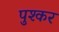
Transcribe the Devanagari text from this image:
पुश्कर